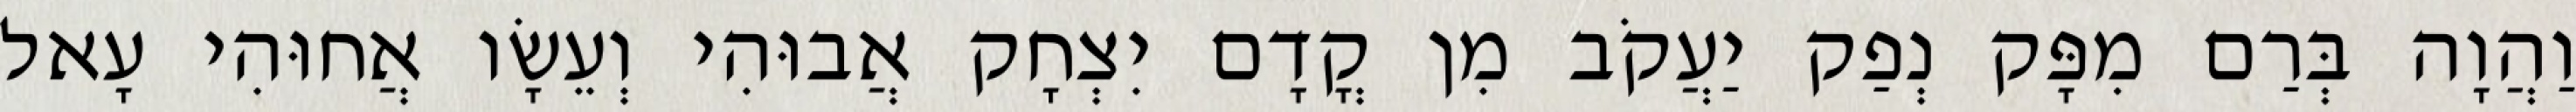
וַהֲוָה בְּרַם מִפָּק נְפַק יַעֲקֹב מִן קֳדָם יִצְחָק אֲבוּהִי וְעֵשָׂו אֲחוּהִי עָאל